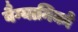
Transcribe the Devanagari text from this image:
वैग्यानिको